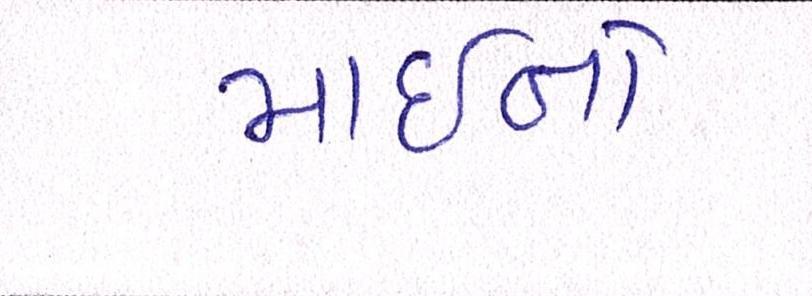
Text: માઇનો